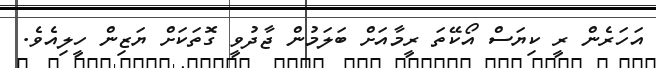
އަހަރެން ރީ ކިޔަސް އޯކޭތަ ރީމާއަށް ބަލަމުން ޖާދުވީ ގޮތަކަށް ޔަޒިން ހީލިއެވެ.